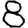
Digit: 8